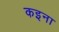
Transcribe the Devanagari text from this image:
कइना